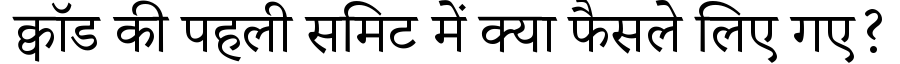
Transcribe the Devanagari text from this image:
क्वॉड की पहली समिट में क्या फैसले लिए गए?